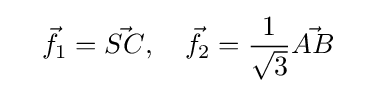
\quad {\vec {f}}_{1}={\vec {SC}},\quad {\vec {f}}_{2}={\frac {1}{\sqrt {3}}}{\vec {AB}}\quad